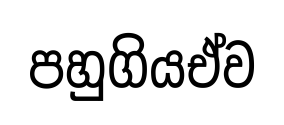
පහුගියඒව